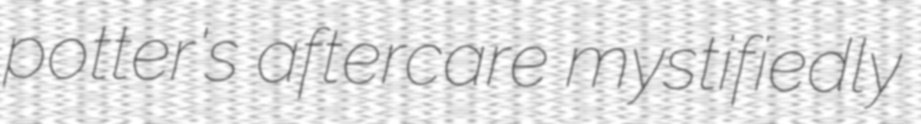
potter's aftercare mystifiedly